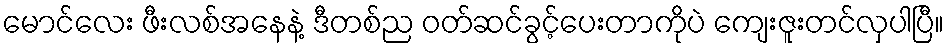
မောင်လေး ဖီးလစ်အနေနဲ့ ဒီတစ်ည ဝတ်ဆင်ခွင့်ပေးတာကိုပဲ ကျေးဇူးတင်လှပါပြီ။